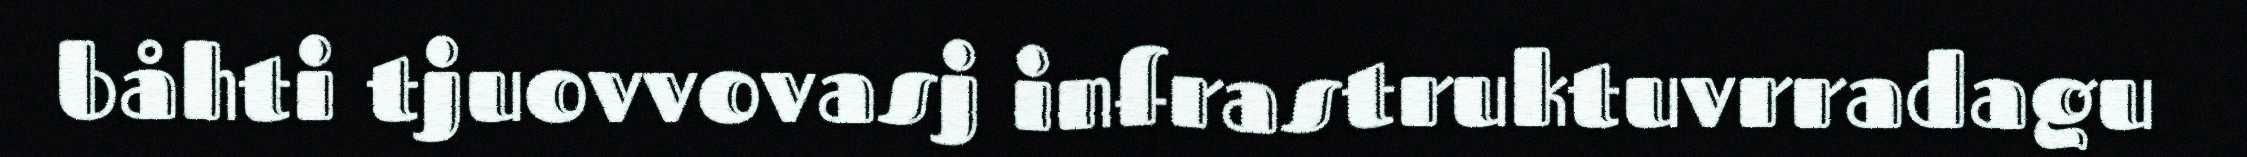
båhti tjuovvovasj infrastruktuvrradagu